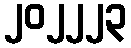
၂၀၂၂၂၃